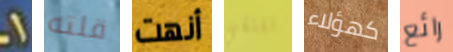
1 قلته أنهت نلتقي كهؤلاء رائع